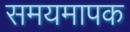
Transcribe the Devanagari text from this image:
समयमापक